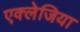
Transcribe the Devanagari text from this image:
एक्लेजिया